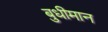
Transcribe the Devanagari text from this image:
बुधीमान